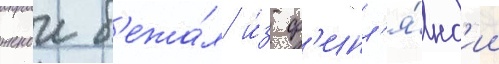
женои б'ежа́л и́з ф'инл'я́нд'ии